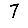
Digit: 7